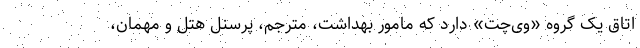
اتاق یک گروه «وی‌چت» دارد که مامور بهداشت، مترجم، پرسنل هتل و مهمان،